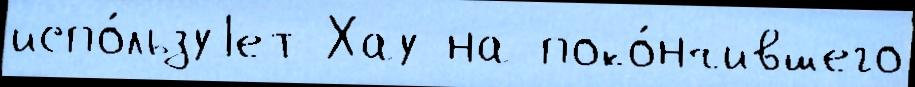
испо́льзуjет Хау на поко́нчившего